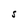
Character: S